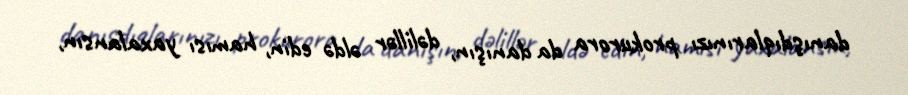
danışdıqlarınızı prokurora da danışın, dəlillər əldə edin, hamısı yaxalansın,